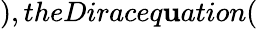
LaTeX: ),theDiraceq\mathbf{u}ation(